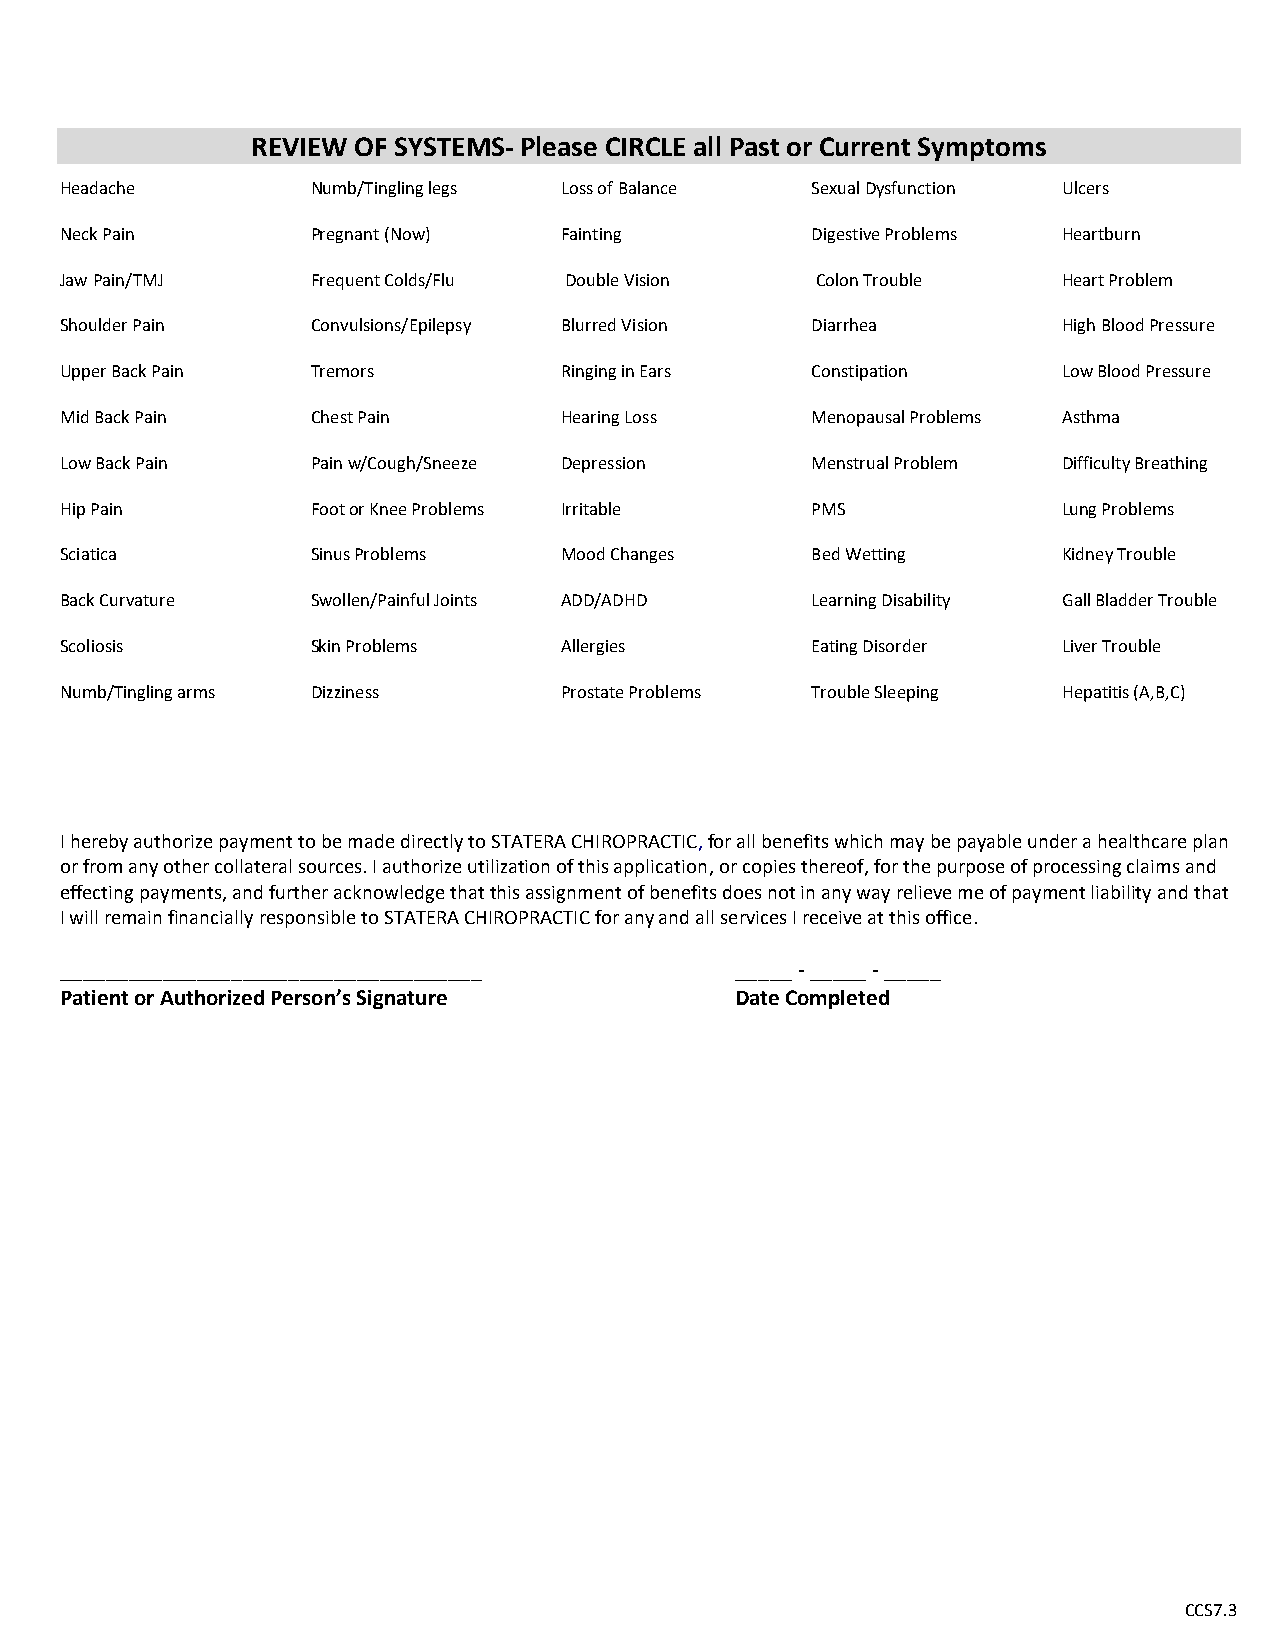
REVIEW OF SYSTEMS- Please CIRCLE all Past or Current Symptoms
 Headache         Numb/Tingling legs Loss of Balance Sexual Dysfunction Ulcers
 Neck Pain        Pregnant (Now)  Fainting         Digestive Problems Heartburn
 Jaw Pain/TMJ     Frequent Colds/Flu Double Vision Colon Trouble   Heart Problem
 Shoulder Pain    Convulsions/Epilepsy Blurred Vision Diarrhea     High Blood Pressure
 Upper Back Pain  Tremors         Ringing in Ears  Constipation    Low Blood Pressure
 Mid Back Pain    Chest Pain      Hearing Loss     Menopausal Problems Asthma
 Low Back Pain    Pain w/Cough/Sneeze Depression   Menstrual Problem Difficulty Breathing
 Hip Pain         Foot or Knee Problems Irritable  PMS             Lung Problems
 Sciatica         Sinus Problems  Mood Changes     Bed Wetting     Kidney Trouble
 Back Curvature   Swollen/Painful Joints ADD/ADHD  Learning Disability Gall Bladder Trouble
 Scoliosis        Skin Problems   Allergies        Eating Disorder Liver Trouble
 Numb/Tingling arms Dizziness     Prostate Problems Trouble Sleeping Hepatitis (A,B,C)
 I hereby authorize payment to be made directly to STATERA CHIROPRACTIC, for all benefits which may be payable under a healthcare plan
 or from any other collateral sources. I authorize utilization of this application, or copies thereof, for the purpose of processing claims and
 effecting payments, and further acknowledge that this assignment of benefits does not in any way relieve me of payment liability and that
 I will remain financially responsible to STATERA CHIROPRACTIC for any and all services I receive at this office.
 _____________________________________        _____ - _____ - _____
 Patient or Authorized Person’s Signature     Date Completed
 CCS7.3